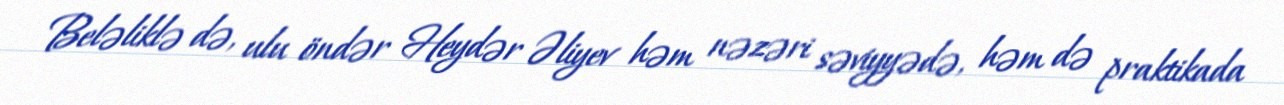
Beləliklə də, ulu öndər Heydər Əliyev həm nəzəri səviyyədə, həm də praktikada